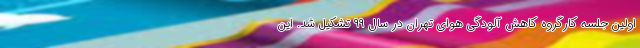
اولین جلسه کارگروه کاهش آلودگی هوای تهران در سال ۹۹ تشکیل شد. این